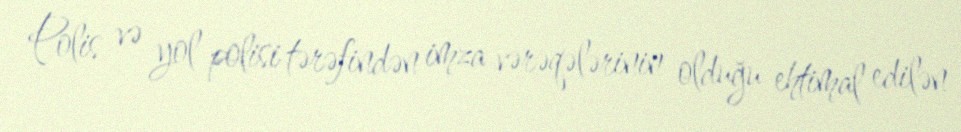
Polis və yol polisi tərəfindən imza vərəqələrinin olduğu ehtimal edilən